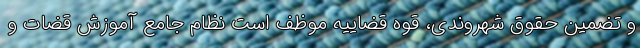
و تضمین حقوق شهروندی، قوه قضاییه موظف است نظام جامع آموزش قضات و